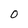
Character: O